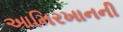
આમિરખાનની